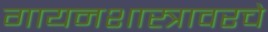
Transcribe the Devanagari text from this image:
गायनशास्त्रावरचे